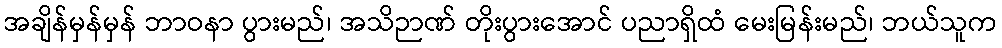
အချိန်မှန်မှန် ဘာဝနာ ပွားမည်၊ အသိဉာဏ် တိုးပွားအောင် ပညာရှိထံ မေးမြန်းမည်၊ ဘယ်သူက